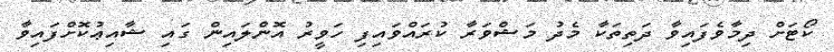
ކޯޓަށް ދިމާވެފައިވާ ދަތިތަކާ މެދު މަޝްވަރާ ކުރައްވައިފި ހަވީރު އޮންލައިން ގައި ޝާއިޢުކޮށްފައިވާ